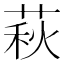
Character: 萩